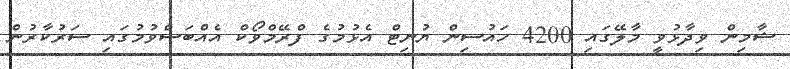
ޝާމިން ވިދާޅުވީ މާލޭގައި 4200 ހައުސިން ޔުނިޓް އެޅުމުގެ ފްރޭމްވޯކް އެއްބަސްވުމުގައި ސަރުކާރުން